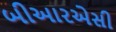
બીઆરએસી